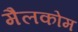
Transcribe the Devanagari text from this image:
मैलकोम